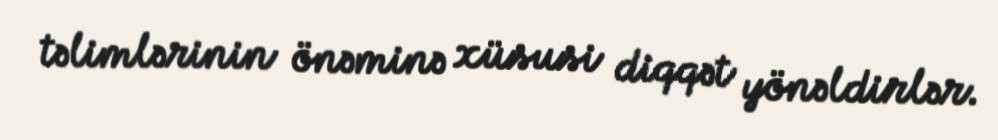
təlimlərinin önəminə xüsusi diqqət yönəldirlər.